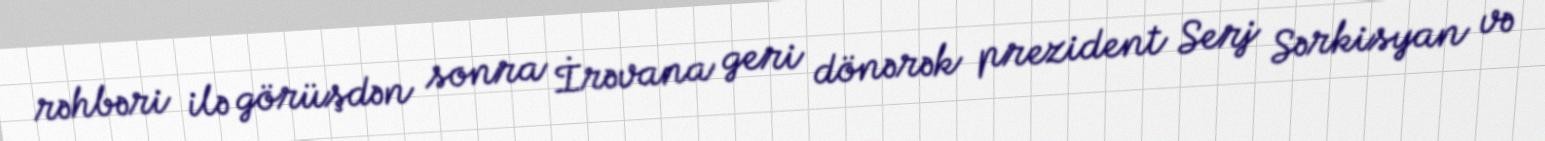
rəhbəri ilə görüşdən sonra İrəvana geri dönərək prezident Serj Sərkisyan və